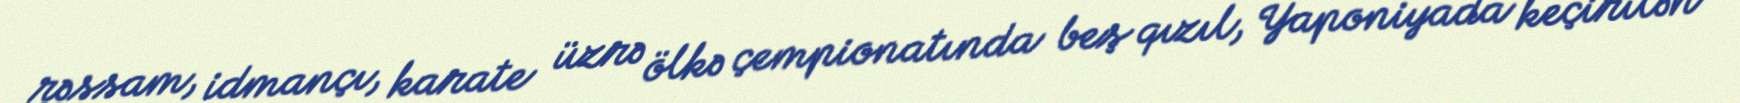
rəssam, idmançı, karate üzrə ölkə çempionatında beş qızıl, Yaponiyada keçirilən